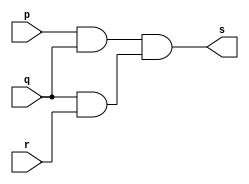
// Exercicio 09 - AND
// Nome: Victor Raphael Machado de Amorim
// -------------------------

// -------------------------
// -- and gate
// -------------------------

module andgate (output s, input p, input q, input r);
	 wire temp1, temp2;
	 
	 and AND1 (temp1, p, q);
	 and AND2 (temp2, q, r);
	 and AND3 (s, temp1, temp2);
	
endmodule // andgate

// -------------------------
// -- test andgate
// -------------------------
module testandgate;
// ------------------------- dados locais
	reg a, b, c; // definir registrador
				// (variavel independente)
	wire s; // definir conexao (fio)
				// (variavel dependente )
// ------------------------- instancia
	andgate AND1 (s, a, b, c);
// ------------------------- preparacao
	initial begin:start
					// atribuicao simultanea
					// dos valores iniciais
	 a=0; b=0; c=0;
	end
// ------------------------- parte principal
 initial begin:main
		// execucao unitaria
	$display("Exercicio 09 - Victor Raphael Machado de Amorim - 420147");
	$display("Test AND gate:");
	$display("\na + b + c = s\n");
	$monitor("%b AND %b AND %b = %b", a, b, c, s);

 #1 a=1;
 #1 b=1;
 #1 c=1;
 #1 a=0;
 #1 b=0;
 
 end
 
endmodule // testandgate